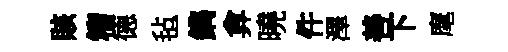
賅籕德毡鐫弇曉件澤善下麾